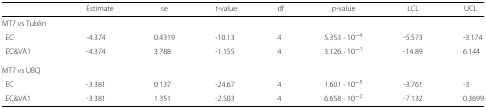
<table><thead><tr><td></td><td><b>Estimate</b></td><td><b>se</b></td><td><b><i>t</i>-value</b></td><td><b>df</b></td><td><b><i>p</i>-value</b></td><td><b>LCL</b></td><td><b>UCL</b></td></tr></thead><tbody><tr><td>MT7 vs Tublin</td><td></td><td></td><td></td><td></td><td></td><td></td><td></td></tr><tr><td>EC</td><td>-4.374</td><td>0.4319</td><td>-10.13</td><td>4</td><td>5.353·10<sup>−4</sup></td><td>-5.573</td><td>-3.174</td></tr><tr><td>EC&amp;VA1</td><td>-4.374</td><td>3.788</td><td>-1.155</td><td>4</td><td>3.126·10<sup>−1</sup></td><td>-14.89</td><td>6.144</td></tr><tr><td>MT7 vs UBQ</td><td></td><td></td><td></td><td></td><td></td><td></td><td></td></tr><tr><td>EC</td><td>-3.381</td><td>0.137</td><td>-24.67</td><td>4</td><td>1.601·10<sup>−5</sup></td><td>-3.761</td><td>-3</td></tr><tr><td>EC&amp;VA1</td><td>-3.381</td><td>1.351</td><td>-2.503</td><td>4</td><td>6.658·10<sup>−2</sup></td><td>-7.132</td><td>0.3699</td></tr></tbody></table>